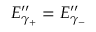
E _ { \gamma _ { + } } ^ { \prime \prime } = E _ { \gamma _ { - } } ^ { \prime \prime }